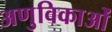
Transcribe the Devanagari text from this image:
अणुविकाओं